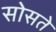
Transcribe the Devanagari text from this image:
सोसते